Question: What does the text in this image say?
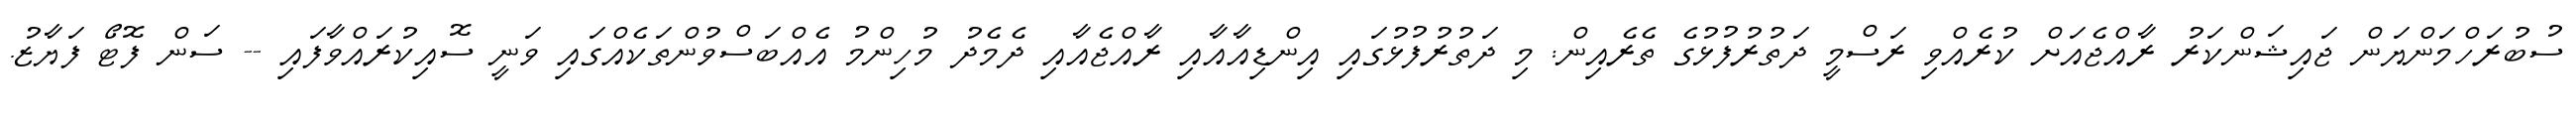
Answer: ސުބުރަހްމަންޔަން ޖައިޝަންކަރު ރާއްޖެއަށް ކުރެއްވި ރަސްމީ ދަތުރުފުޅުގެ ތެރެއިން: މި ދަތުރުފުޅުގައި އިންޑިއާއާއި ރާއްޖެއާއި ދެމެދު މުހިންމު އެއްބަސްވުންތަކެއްގައި ވަނީ ސޮއިކުރައްވާފައި -- ސަން ފޮޓޯ ފަޔާޒު.